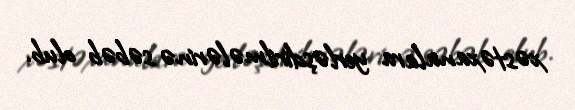
xəstəxanalara yerləşdirilmələrinə səbəb olub.